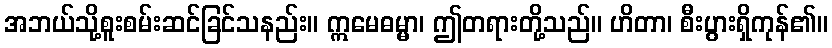
အဘယ်သို့စူးစမ်းဆင်ခြင်သနည်း။ ဣမေဓမ္မာ၊ ဤတရားတို့သည်။ ဟိတာ၊ စီးပွားရှိကုန်၏။